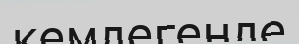
кемдегенде